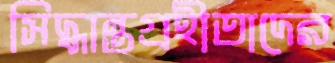
সিদ্ধান্তগ্রহীতাদের